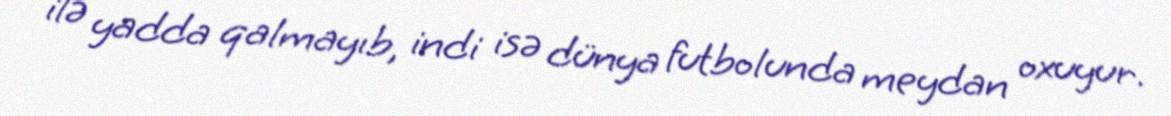
ilə yadda qalmayıb, indi isə dünya futbolunda meydan oxuyur.